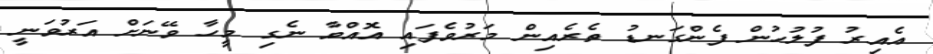
އެއިރު ފުލުހުން ފެންގަނޑު ތެރެއިން މަރުވެފައި އޮއްވާ ނެގި މީހާ ވޭނަށް އަރުވަނީ